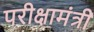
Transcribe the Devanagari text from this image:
परीक्षामंत्री